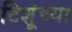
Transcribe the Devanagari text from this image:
टिशूंच्या